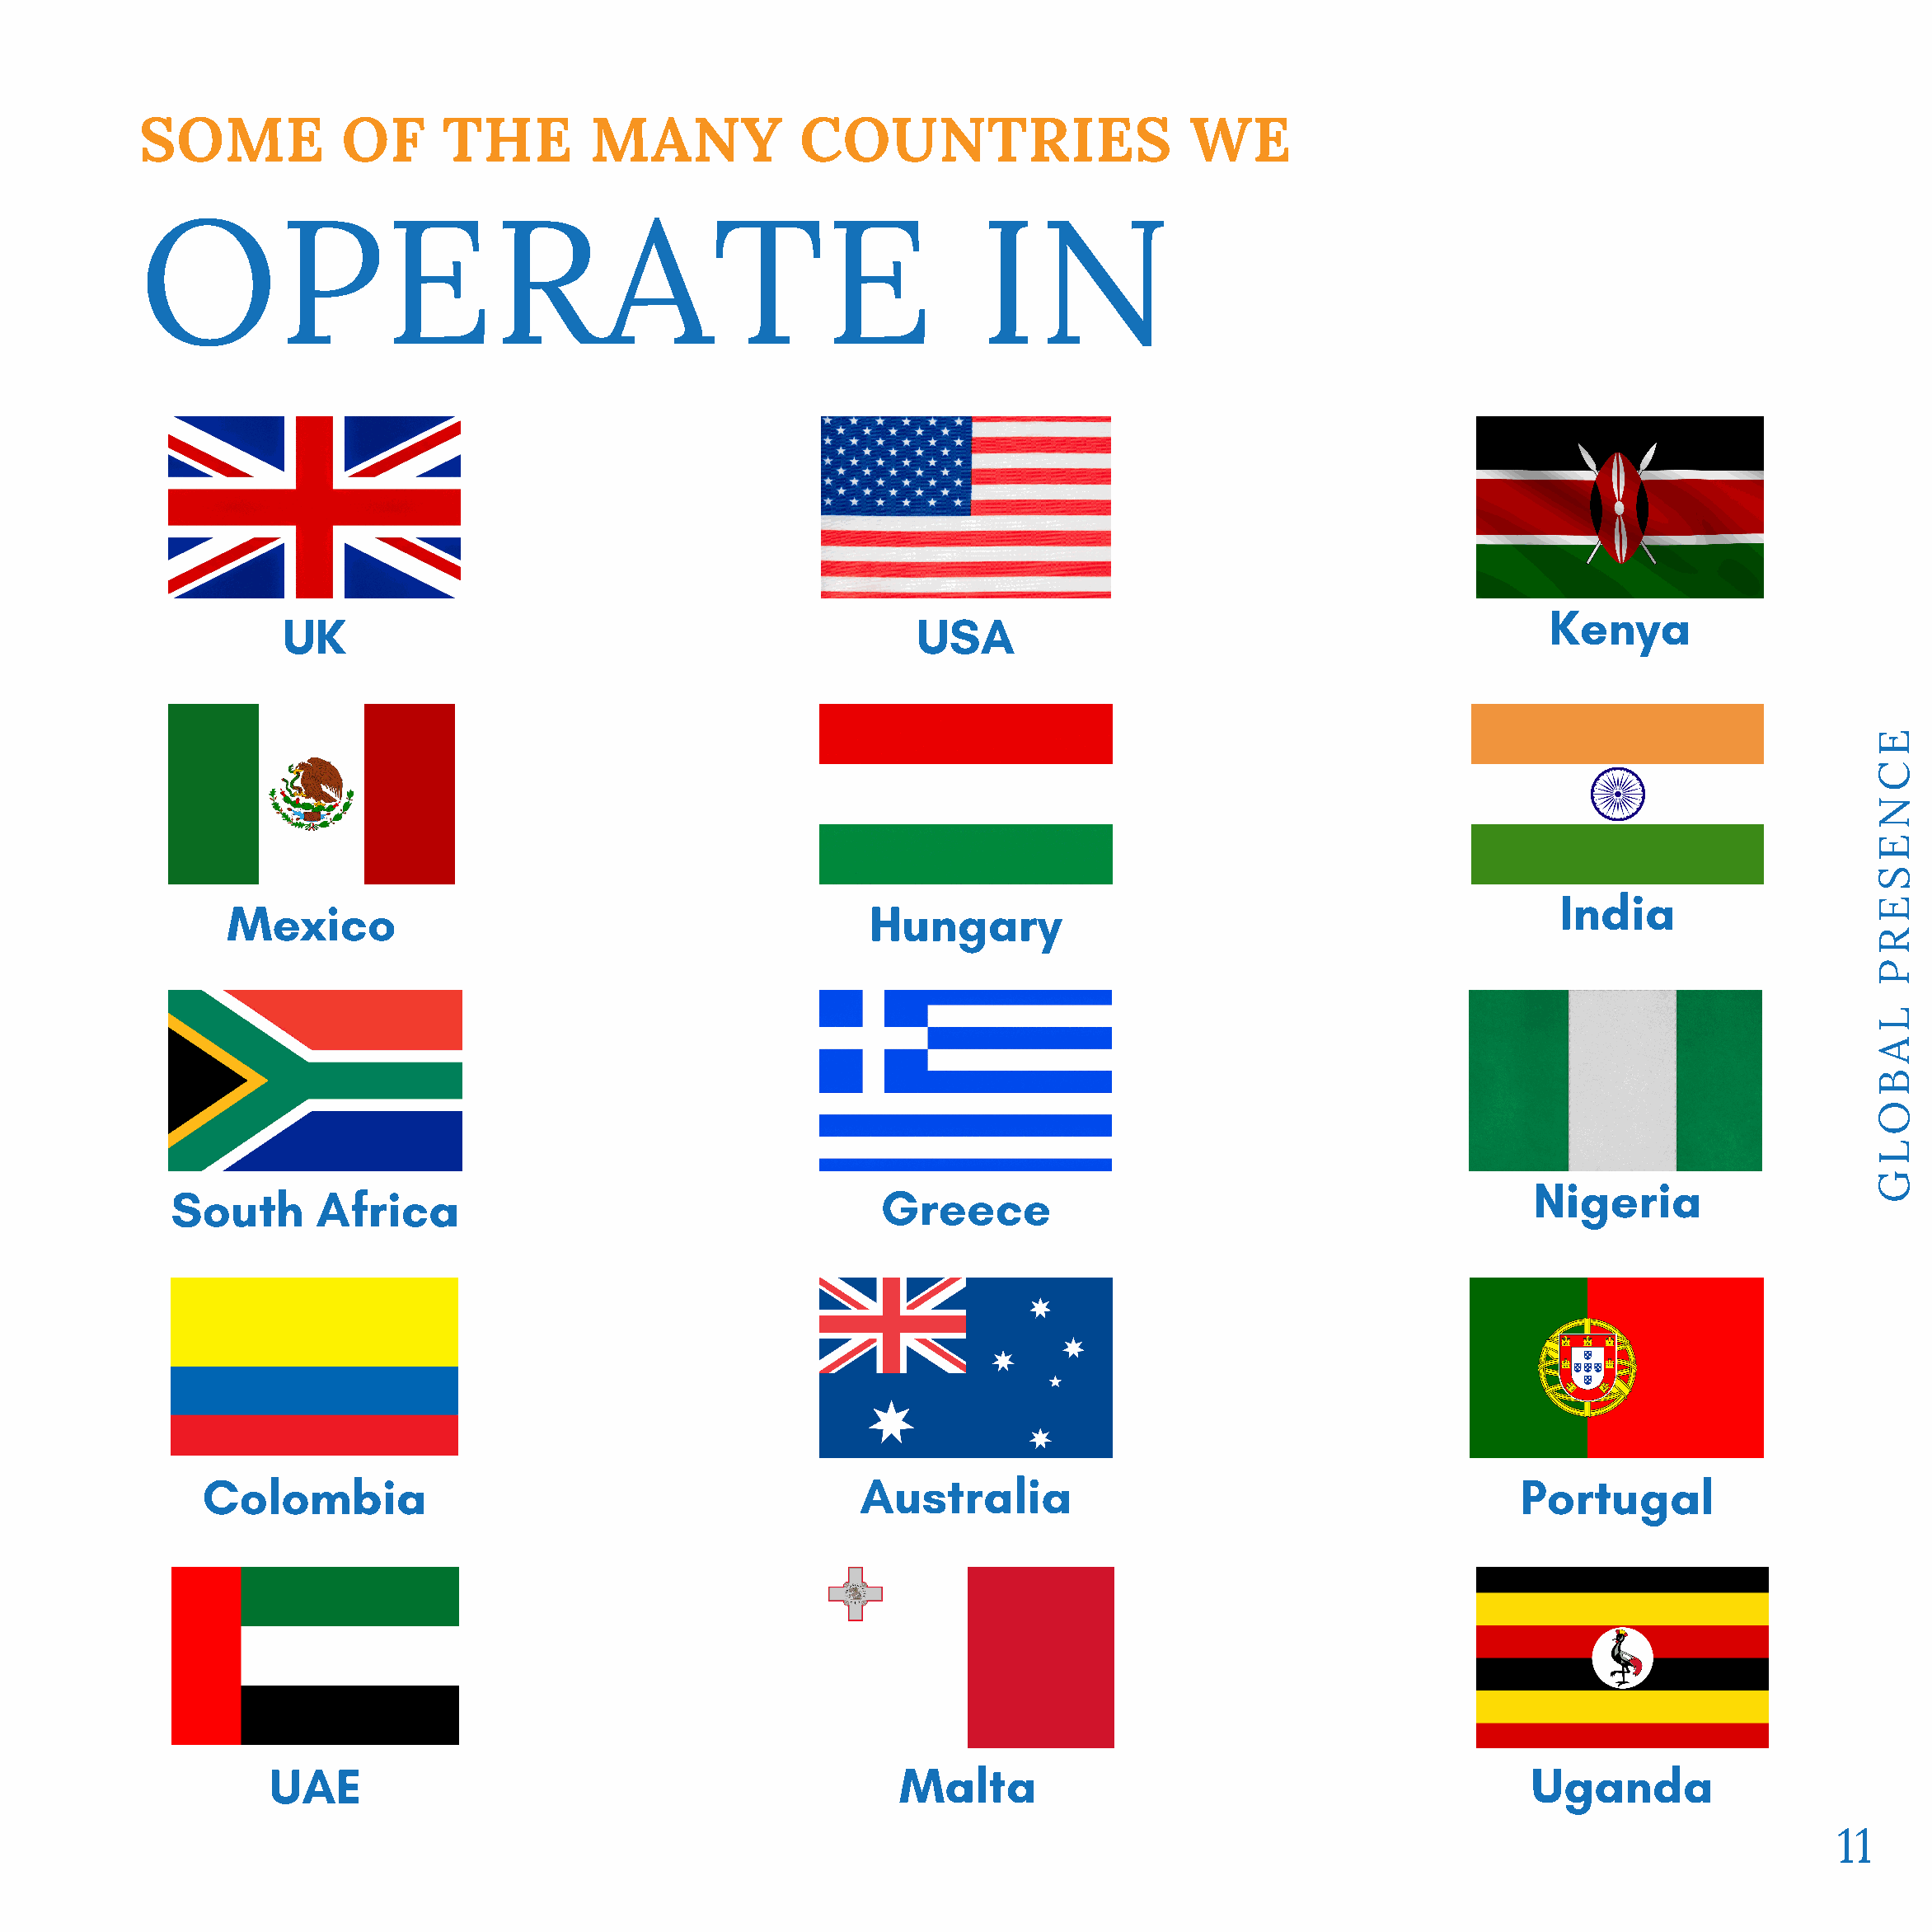
SOME            OF       THE        MANY             COUNTRIES                       WE
 OPERATE                                                             IN
 Kenya
 UK                                                 USA
 E
 C
 N
 E
 S
 India
 Mexico                                              Hungary                                                                          E
 R
 P
 L
 A
 B
 O
 L
 Nigeria                     G
 South      Africa                                        Greece
 Colombia                                             Australia                                            Portugal
 UAE                                               Malta                                              Uganda
 11